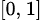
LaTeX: \scriptstyle[0,\, 1]